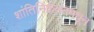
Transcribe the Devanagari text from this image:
शांतिनिकेतनमधून